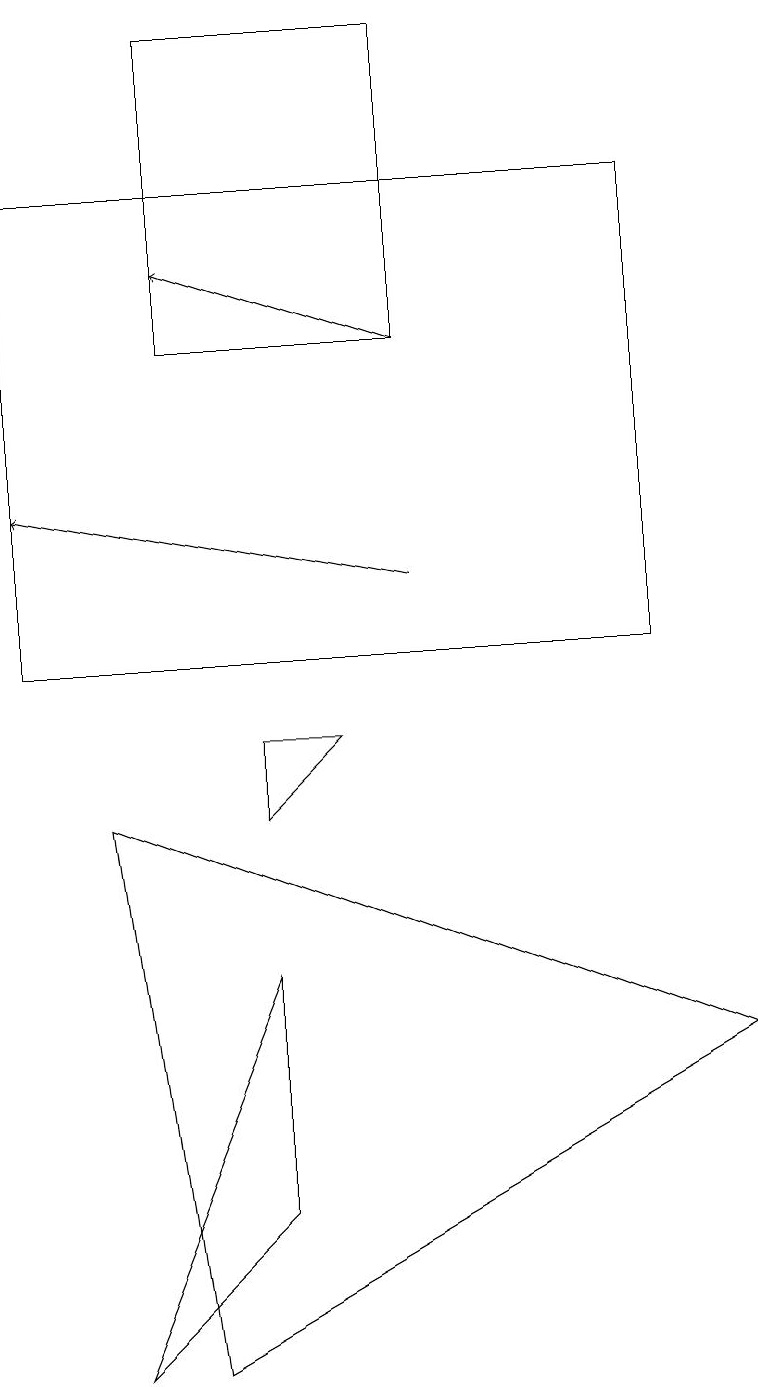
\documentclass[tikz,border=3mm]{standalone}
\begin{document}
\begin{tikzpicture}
\draw (1,1) -- (3,3) -- (3,6) -- cycle;
\draw (3,8) -- (4,9) -- (3,9) -- cycle;
\draw[->] (5,14) -- (2,15);
\draw (0,10) rectangle (8,16);
\draw (2,14) rectangle (5,18);
\draw[->] (5,11) -- (0,12);
\draw (9,5) -- (2,1) -- (1,8) -- cycle;
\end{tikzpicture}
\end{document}